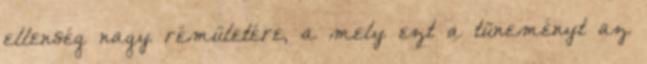
ellenség nagy rémületére, a mely ezt a tüneményt az